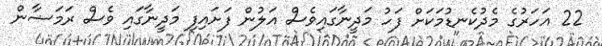
22 އަހަރުގެ މެދުކެނޑުމަކަށް ފަހު މަދީނާގައިވެސް އަލުން ފަށައިފި މަދީނާގައި ވެސް ރަމަޟާން